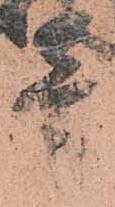
壱